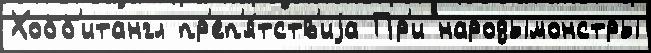
Хобб'итангл пр'еп'я́тств'иjа Пр'и народымонстры